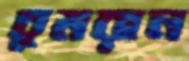
চুমরান